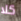
كلا